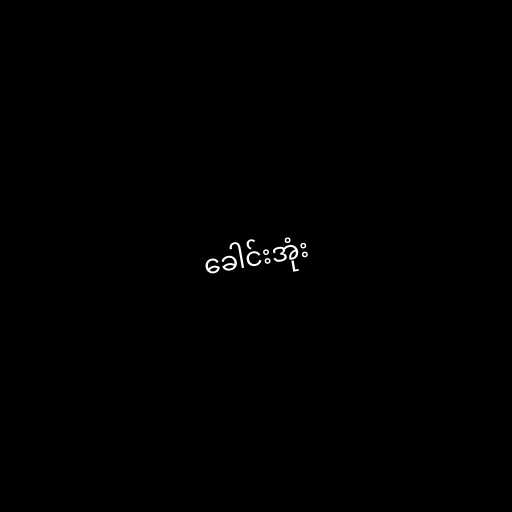
ခေါင်းအုံး